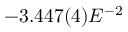
- 3 . 4 4 7 ( 4 ) E ^ { - 2 }